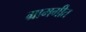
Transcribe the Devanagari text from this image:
ग्रामगीत